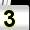
Digit: 3